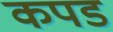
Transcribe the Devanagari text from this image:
कपड